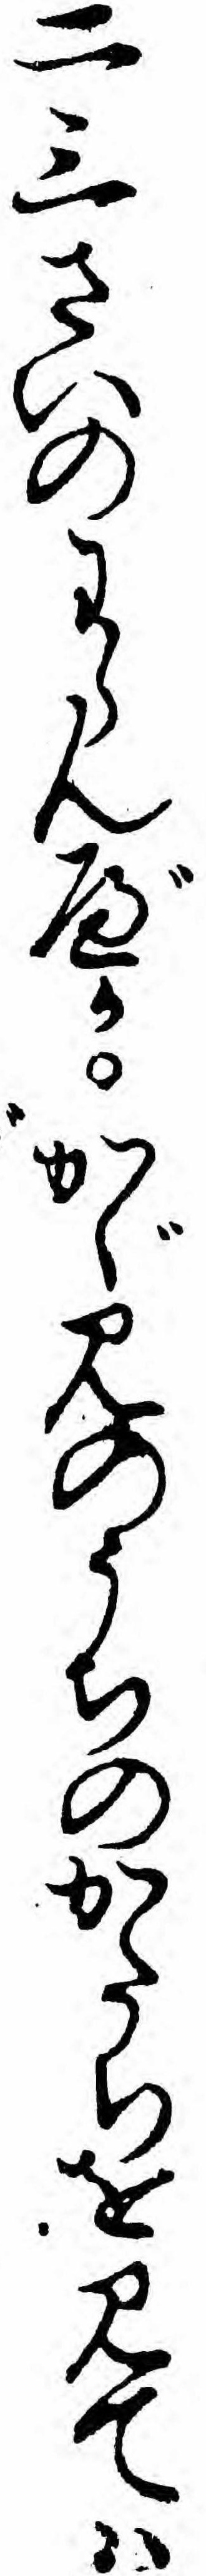
二三さいのわらんべかかゞみのうちのかたちを見てハ